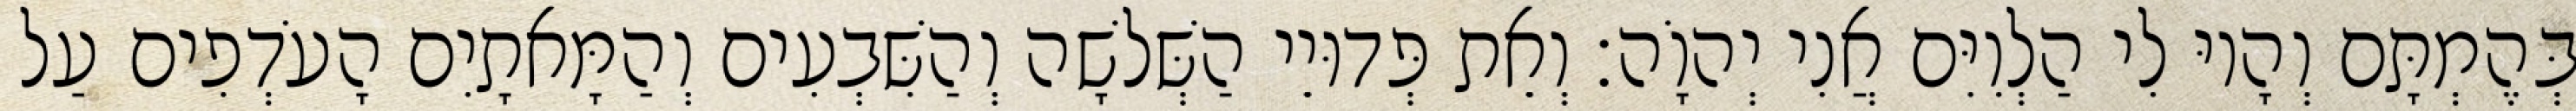
בְּהֶמְתָּם וְהָיוּ לִי הַלְוִיִּם אֲנִי יְהוָֹה׃ וְאֵת פְּדוּיֵי הַשְּׁלשָׁה וְהַשִּׁבְעִים וְהַמָּאתָיִם הָעֹדְפִים עַל